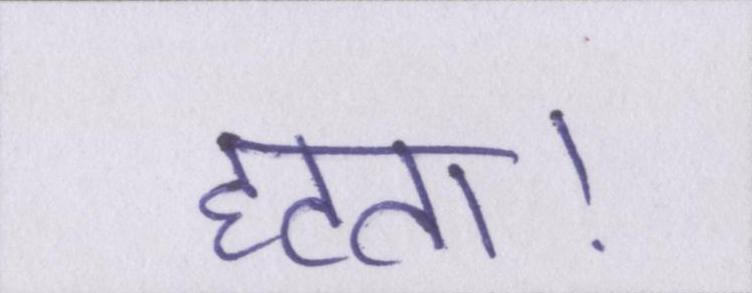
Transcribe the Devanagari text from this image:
हटता।